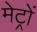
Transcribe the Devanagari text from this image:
मेट्रों